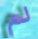
لم